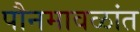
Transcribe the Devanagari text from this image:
पौनमावळांत